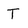
Character: T